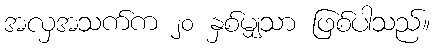
အလှအသက်က ၂၀ နှစ်မျှသာ ဖြစ်ပါသည်။